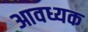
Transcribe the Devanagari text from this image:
आवध्यक